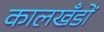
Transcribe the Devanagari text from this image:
कालखँडों